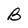
Character: B